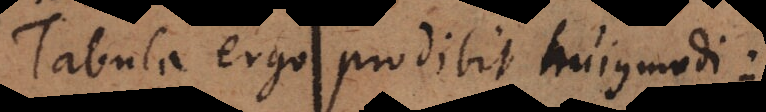
Tabula ergo prodibit hujusmodi: